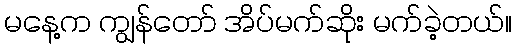
မနေ့က ကျွန်တော် အိပ်မက်ဆိုး မက်ခဲ့တယ်။